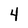
Character: 4